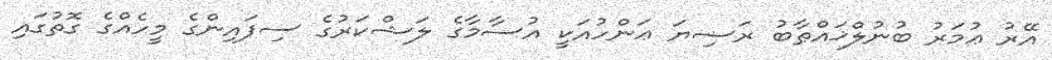
އޭރު ޢުމަރު ބުނުލްޚައްޠާބު ރަޟިޔަ ޢަންހުއަކީ އުސާމާގެ ލަޝްކަރުގެ ސިފައިންގެ މީހެއްގެ ގޮތުގައި